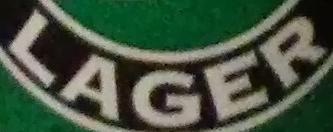
LARGE